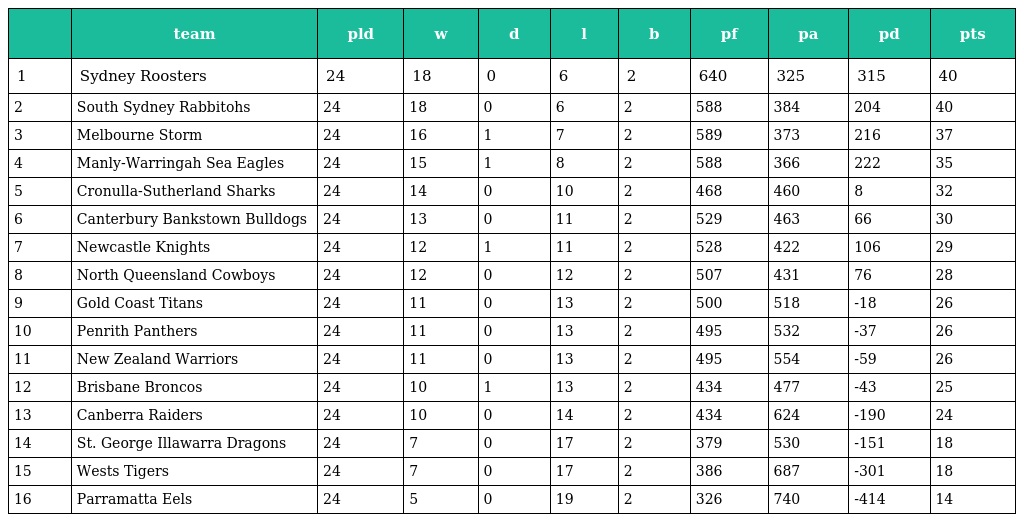
|  | team | pld | w | d | l | b | pf | pa | pd | pts |
 | --- | --- | --- | --- | --- | --- | --- | --- | --- | --- | --- |
 | 1 | Sydney Roosters | 24 | 18 | 0 | 6 | 2 | 640 | 325 | 315 | 40 |
 | 2 | South Sydney Rabbitohs | 24 | 18 | 0 | 6 | 2 | 588 | 384 | 204 | 40 |
 | 3 | Melbourne Storm | 24 | 16 | 1 | 7 | 2 | 589 | 373 | 216 | 37 |
 | 4 | Manly-Warringah Sea Eagles | 24 | 15 | 1 | 8 | 2 | 588 | 366 | 222 | 35 |
 | 5 | Cronulla-Sutherland Sharks | 24 | 14 | 0 | 10 | 2 | 468 | 460 | 8 | 32 |
 | 6 | Canterbury Bankstown Bulldogs | 24 | 13 | 0 | 11 | 2 | 529 | 463 | 66 | 30 |
 | 7 | Newcastle Knights | 24 | 12 | 1 | 11 | 2 | 528 | 422 | 106 | 29 |
 | 8 | North Queensland Cowboys | 24 | 12 | 0 | 12 | 2 | 507 | 431 | 76 | 28 |
 | 9 | Gold Coast Titans | 24 | 11 | 0 | 13 | 2 | 500 | 518 | -18 | 26 |
 | 10 | Penrith Panthers | 24 | 11 | 0 | 13 | 2 | 495 | 532 | -37 | 26 |
 | 11 | New Zealand Warriors | 24 | 11 | 0 | 13 | 2 | 495 | 554 | -59 | 26 |
 | 12 | Brisbane Broncos | 24 | 10 | 1 | 13 | 2 | 434 | 477 | -43 | 25 |
 | 13 | Canberra Raiders | 24 | 10 | 0 | 14 | 2 | 434 | 624 | -190 | 24 |
 | 14 | St. George Illawarra Dragons | 24 | 7 | 0 | 17 | 2 | 379 | 530 | -151 | 18 |
 | 15 | Wests Tigers | 24 | 7 | 0 | 17 | 2 | 386 | 687 | -301 | 18 |
 | 16 | Parramatta Eels | 24 | 5 | 0 | 19 | 2 | 326 | 740 | -414 | 14 |